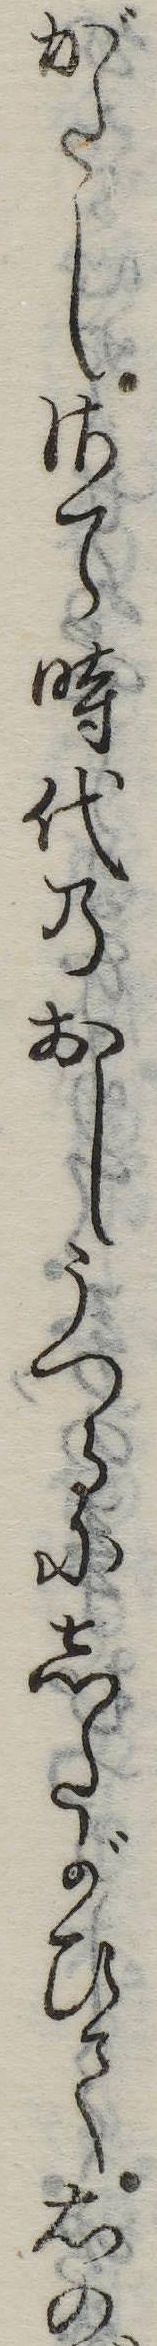
がたしさて時代のおしうつるにしたがひて右の